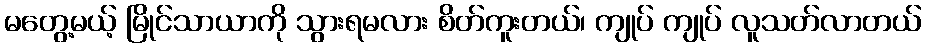
မတွေ့မယ့် မြိုင်သာယာကို သွားရမလား စိတ်ကူးတယ်၊ ကျုပ် ကျုပ် လူသတ်လာတယ်